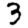
Digit: 3